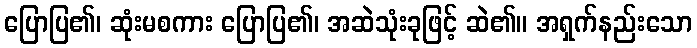
ပြောပြ၏၊ ဆုံးမစကား ပြောပြ၏၊ အဆဲသုံးခုဖြင့် ဆဲ၏။ အရှက်နည်းသော